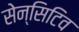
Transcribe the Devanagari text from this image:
सेन्सिटिव